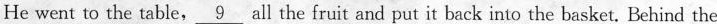
He went to the table, \underline{9} all the fruit and put it back into the basket. Behind the